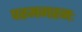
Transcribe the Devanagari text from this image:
परमगहनः